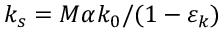
k _ { s } = M \alpha k _ { 0 } / ( 1 - \varepsilon _ { k } )